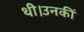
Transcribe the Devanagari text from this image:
थी।उनकीं